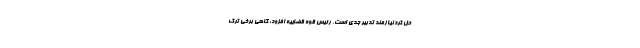
حل کرد نیازمند تدبیر جدی است. رئیس قوه قضاییه افزود: گاهی برخی ترک